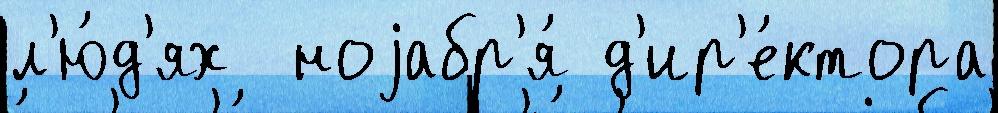
л'ю́д'ях  ноjабр'я́ д'ир'е́ктора